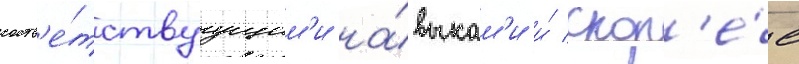
соотв'е́тствуущим'и на́выкам'и и́ скор'е́е